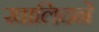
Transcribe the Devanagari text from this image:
खालिदने